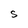
Character: S